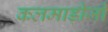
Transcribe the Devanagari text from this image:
कलमाड़ीजी